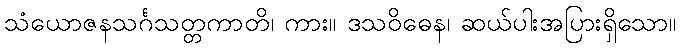
သံယောဇနသင်္ဂသတ္တကာတိ၊ ကား။ ဒသဝိဓေန၊ ဆယ်ပါးအပြားရှိသော။